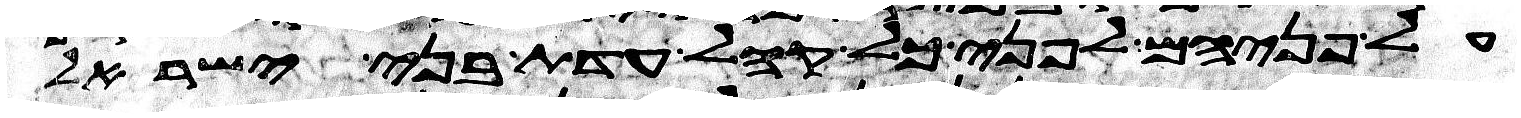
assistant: על פניהם לפני כל קהל עדת בני ישראל